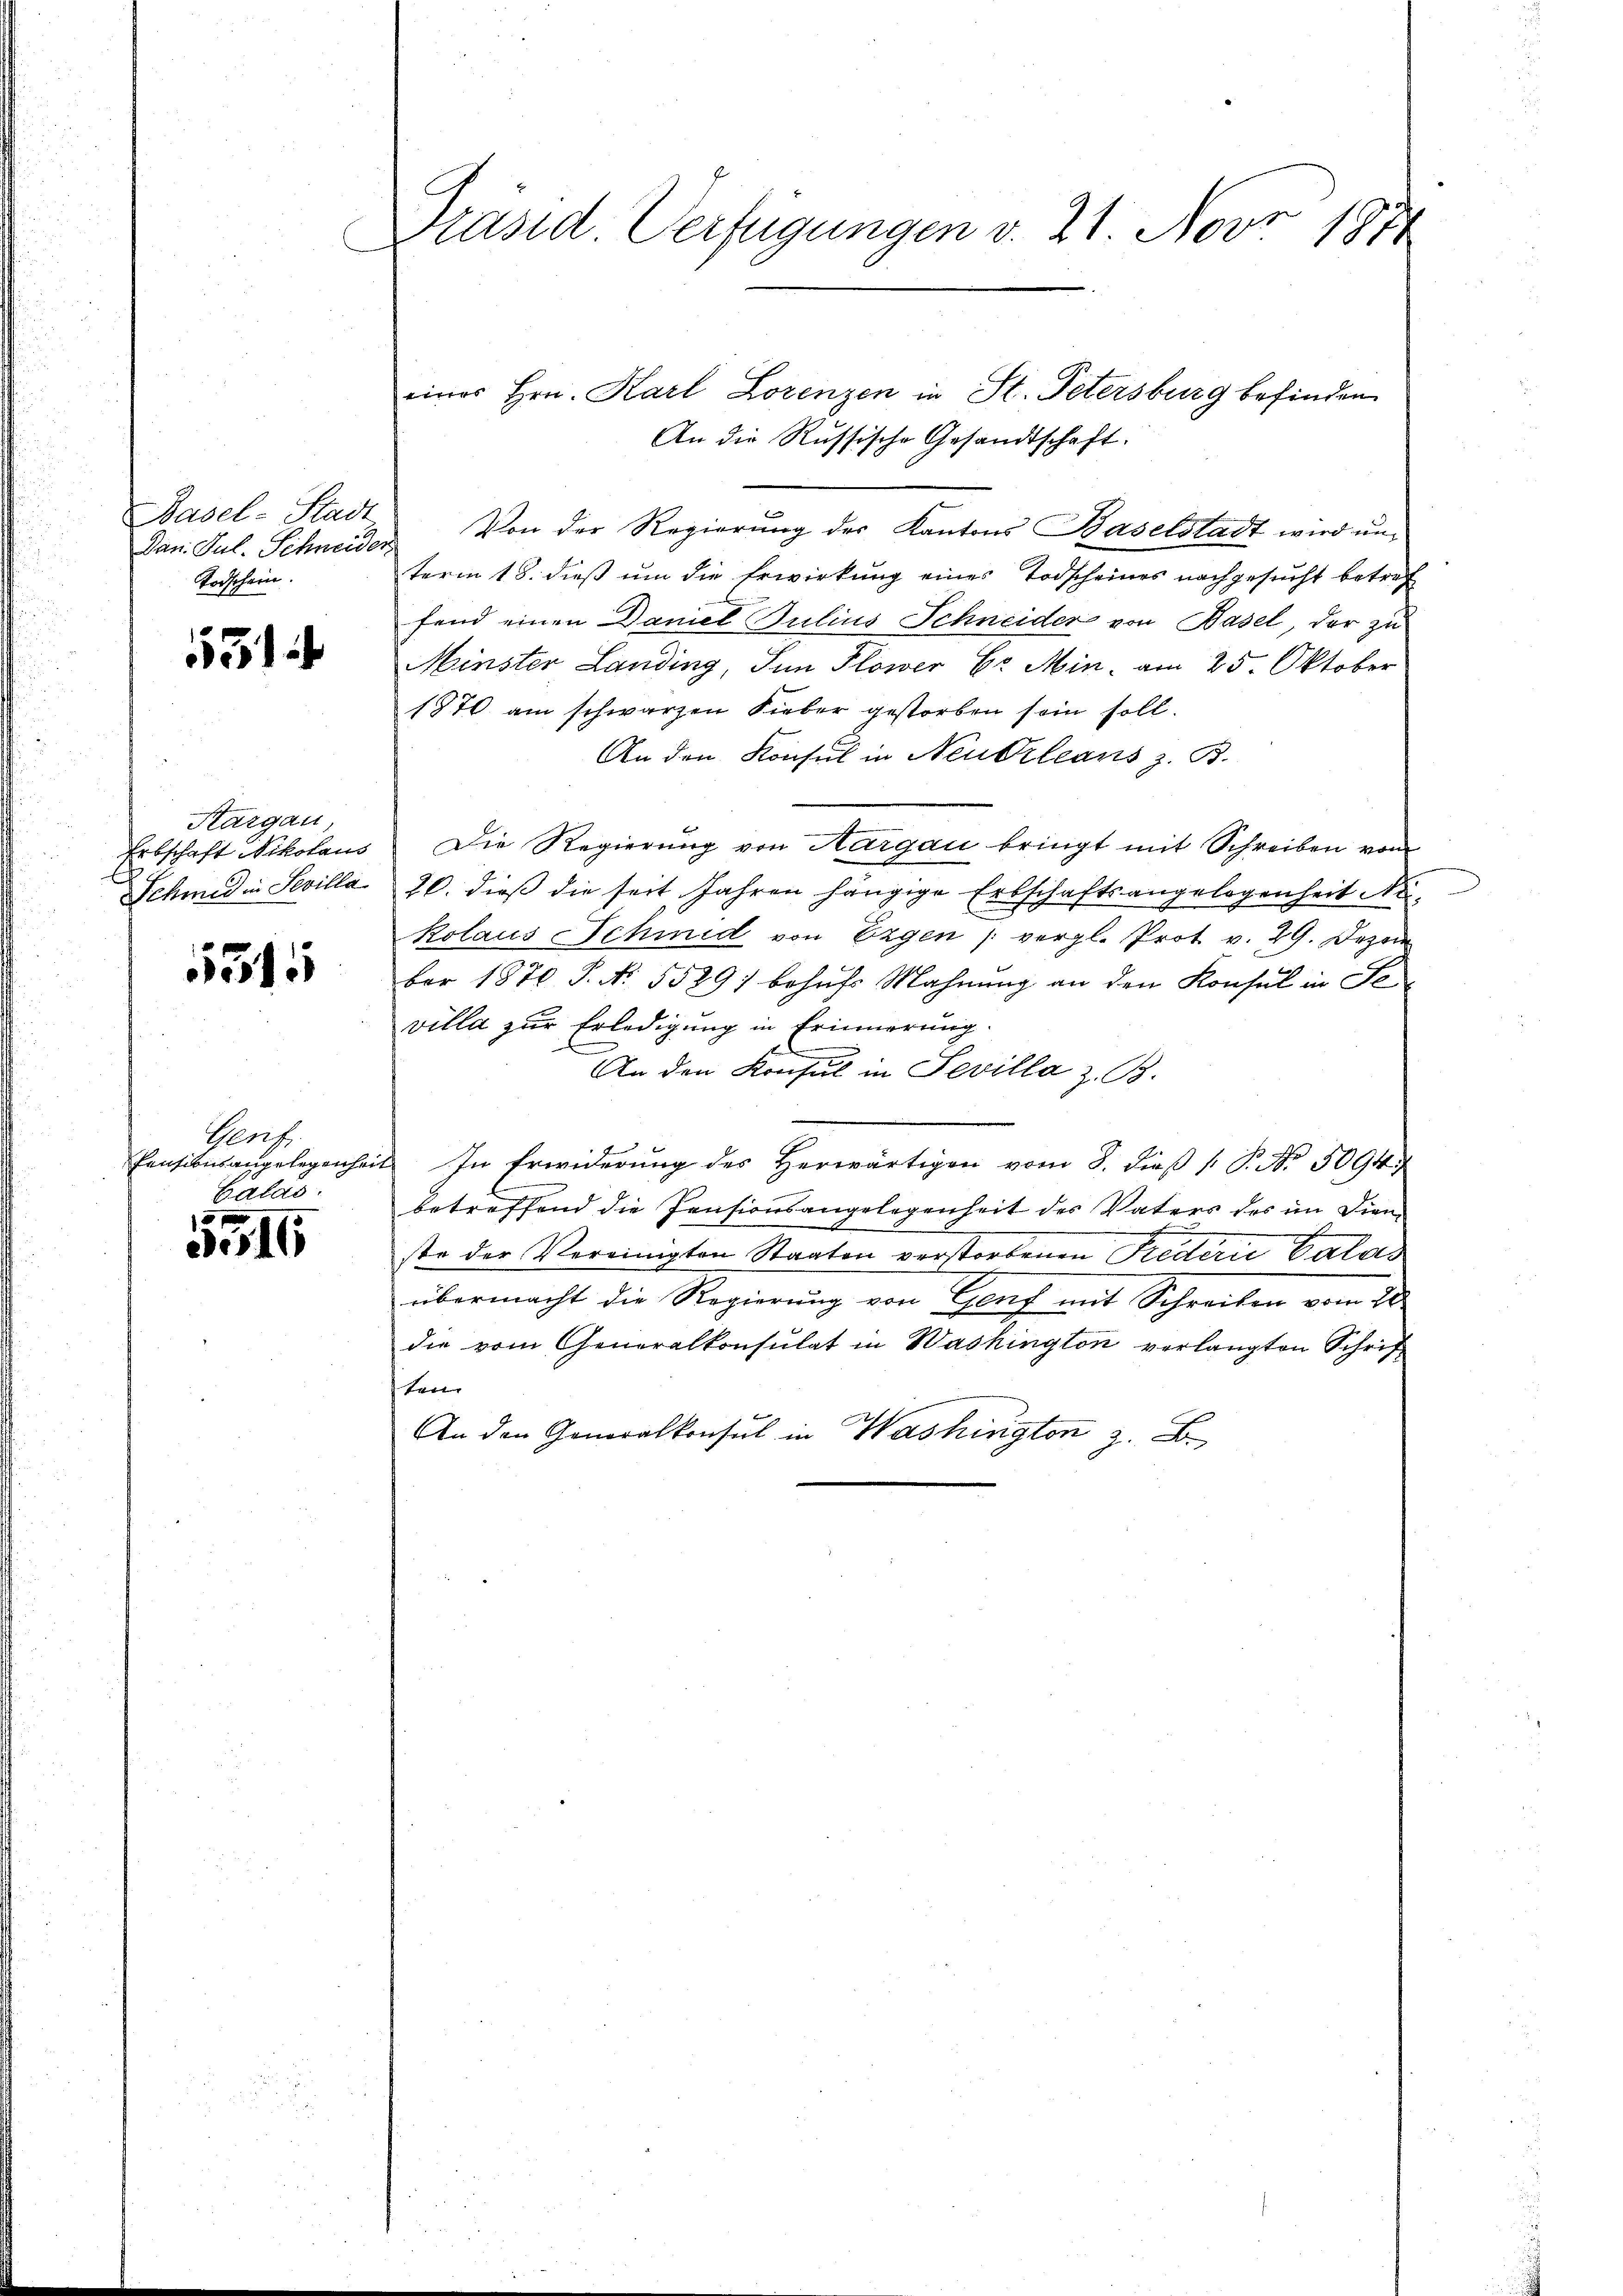
Basel-Stadt
Dan. Jul. Schneider
Todschein.

531

Kargau,
Erbschaft Nikolaus
Schmid in Sevilla

5515

Perfe
Pensionsangelegenhei
Calas.

5516

Präsid Verfügungen v. 21. Nov 1871

eines Hrn. Karl Lorenzen in St. Petersburg befinden
An die Russische Gesandtschaft.
Von der Regierung des Kantons Baselstadt wird unterm 18. dieß um die Erwirkung eines Todscheines nachgesucht betreff
fend einen Damel Julius Schneider von Basel der zu
Minster Landing, Jun Plower Er Min. am 25. Oktober
1870 am schwarzen Lieber gestorben sein soll.
An den Konsul in Neuchleans z. B.
Die Regierung von Aargau bringt mit Schreiben vom
20. dieß die seit Jahren hängige Erbschaftsangelegenheit de
kolaus Schmid von Ergen vergl. Prot v. 29. Dezem
ber 187 P. Nr. 5529) behufs Mahnung an den Konsul in Se
villa zur Erledigung in Erinnerung
An den Konsul in Sevilla z. B.
e
i
In Erwiderung des Herwärtigen vom 8. dieß P. No. 5094/
betreffend die Pensionsangelegenheit des Vaters des im Dienwe
ste der Vereinigten Staaten verstorbenen Federn Calas
übermacht die Regierung von Genf mit Schreiben vom 20
die vom Generalkonsulat in Washington verlangten Schrif
ten
An den Generalkonsul in Washington z. B.